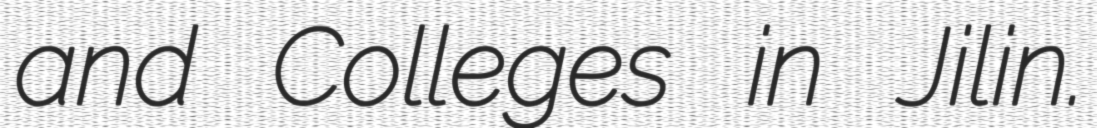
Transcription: and Colleges in Jilin.